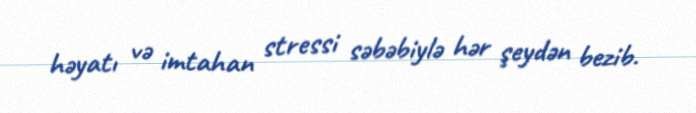
həyatı və imtahan stressi səbəbiylə hər şeydən bezib.